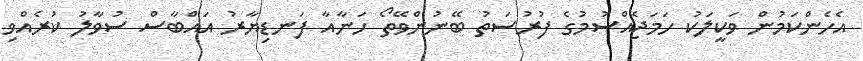
އެހެންކަމުން ވަކީލަކު ހަމަޖެއްސުމުގެ ފުރުސަތު ބޭނުންވޭތޯ ހަނާއާ ފަނޑިޔާރު އައްބާސް ސުވާލު ކުރެއްވި